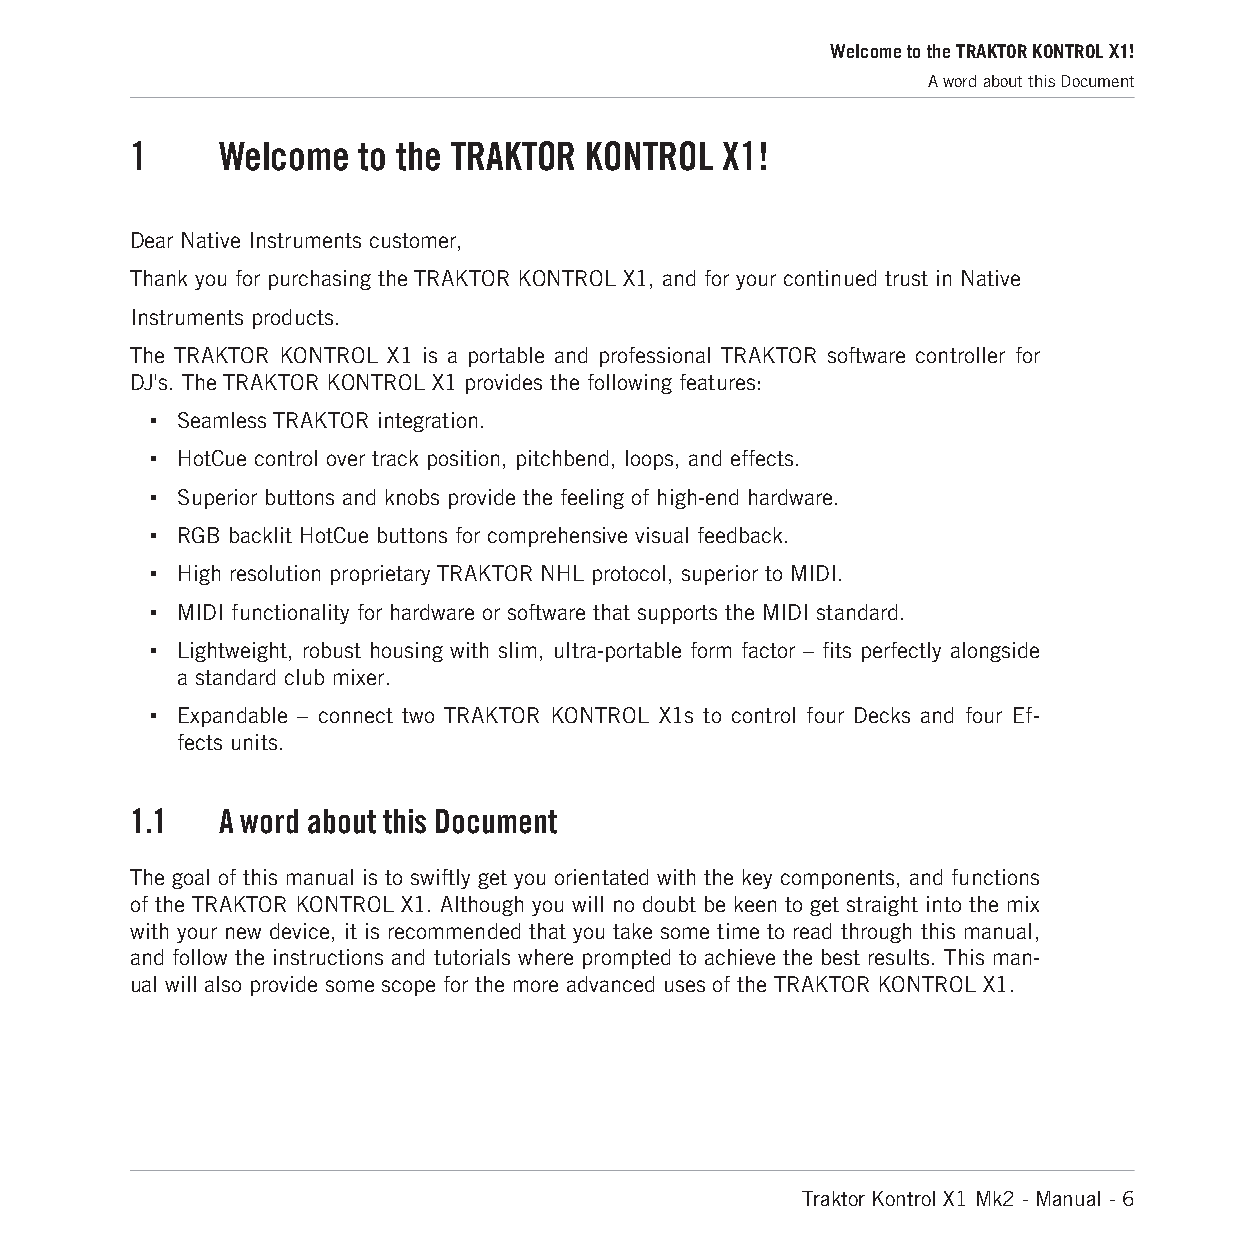
Welcome to the TRAKTOR KONTROL X1!
 A word about this Document
 1    Welcome   to the TRAKTOR KONTROL  X1!
 Dear Native Instruments customer,
 Thank you for purchasing the TRAKTOR KONTROL X1, and for your continued trust in Native
 Instruments products.
 The TRAKTOR KONTROL X1 is a portable and professional TRAKTOR software controller for
 DJ's. The TRAKTOR KONTROL X1 provides the following features:
 ▪ Seamless TRAKTOR integration.
 ▪ HotCue control over track position, pitchbend, loops, and effects.
 ▪ Superior buttons and knobs provide the feeling of high-end hardware.
 ▪ RGB backlit HotCue buttons for comprehensive visual feedback.
 ▪ High resolution proprietary TRAKTOR NHL protocol, superior to MIDI.
 ▪ MIDI functionality for hardware or software that supports the MIDI standard.
 ▪ Lightweight, robust housing with slim, ultra-portable form factor – fits perfectly alongside
 a standard club mixer.
 ▪ Expandable – connect two TRAKTOR KONTROL X1s to control four Decks and four Ef-
 fects units.
 1.1  A word about this Document
 The goal of this manual is to swiftly get you orientated with the key components, and functions
 of the TRAKTOR KONTROL X1. Although you will no doubt be keen to get straight into the mix
 with your new device, it is recommended that you take some time to read through this manual,
 and follow the instructions and tutorials where prompted to achieve the best results. This man-
 ual will also provide some scope for the more advanced uses of the TRAKTOR KONTROL X1.
 Traktor Kontrol X1 Mk2 - Manual - 6